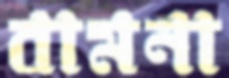
বামনা